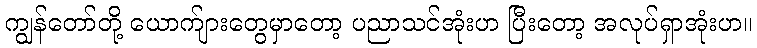
ကျွန်တော်တို့ ယောက်ျားတွေမှာတော့ ပညာသင်အုံးဟ ပြီးတော့ အလုပ်ရှာအုံးဟ။